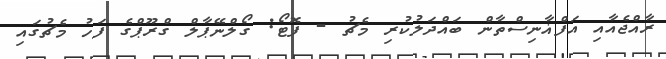
ރާއްޖެއާއި އަފްޣާނިސްތާން ބައްދަލުކުރި މެޗު - ފޮޓޯ: ގޯލްނޭޕާލް ގްރޫޕްގެ ފަހު މެޗުގައި